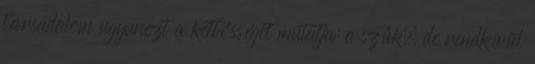
társadalom ugyanezt a kettősséget mutatja: a szűk, de rendkívül